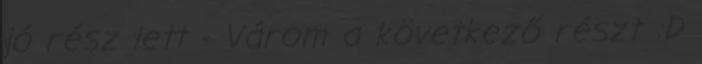
jó rész lett - Várom a következő részt :D